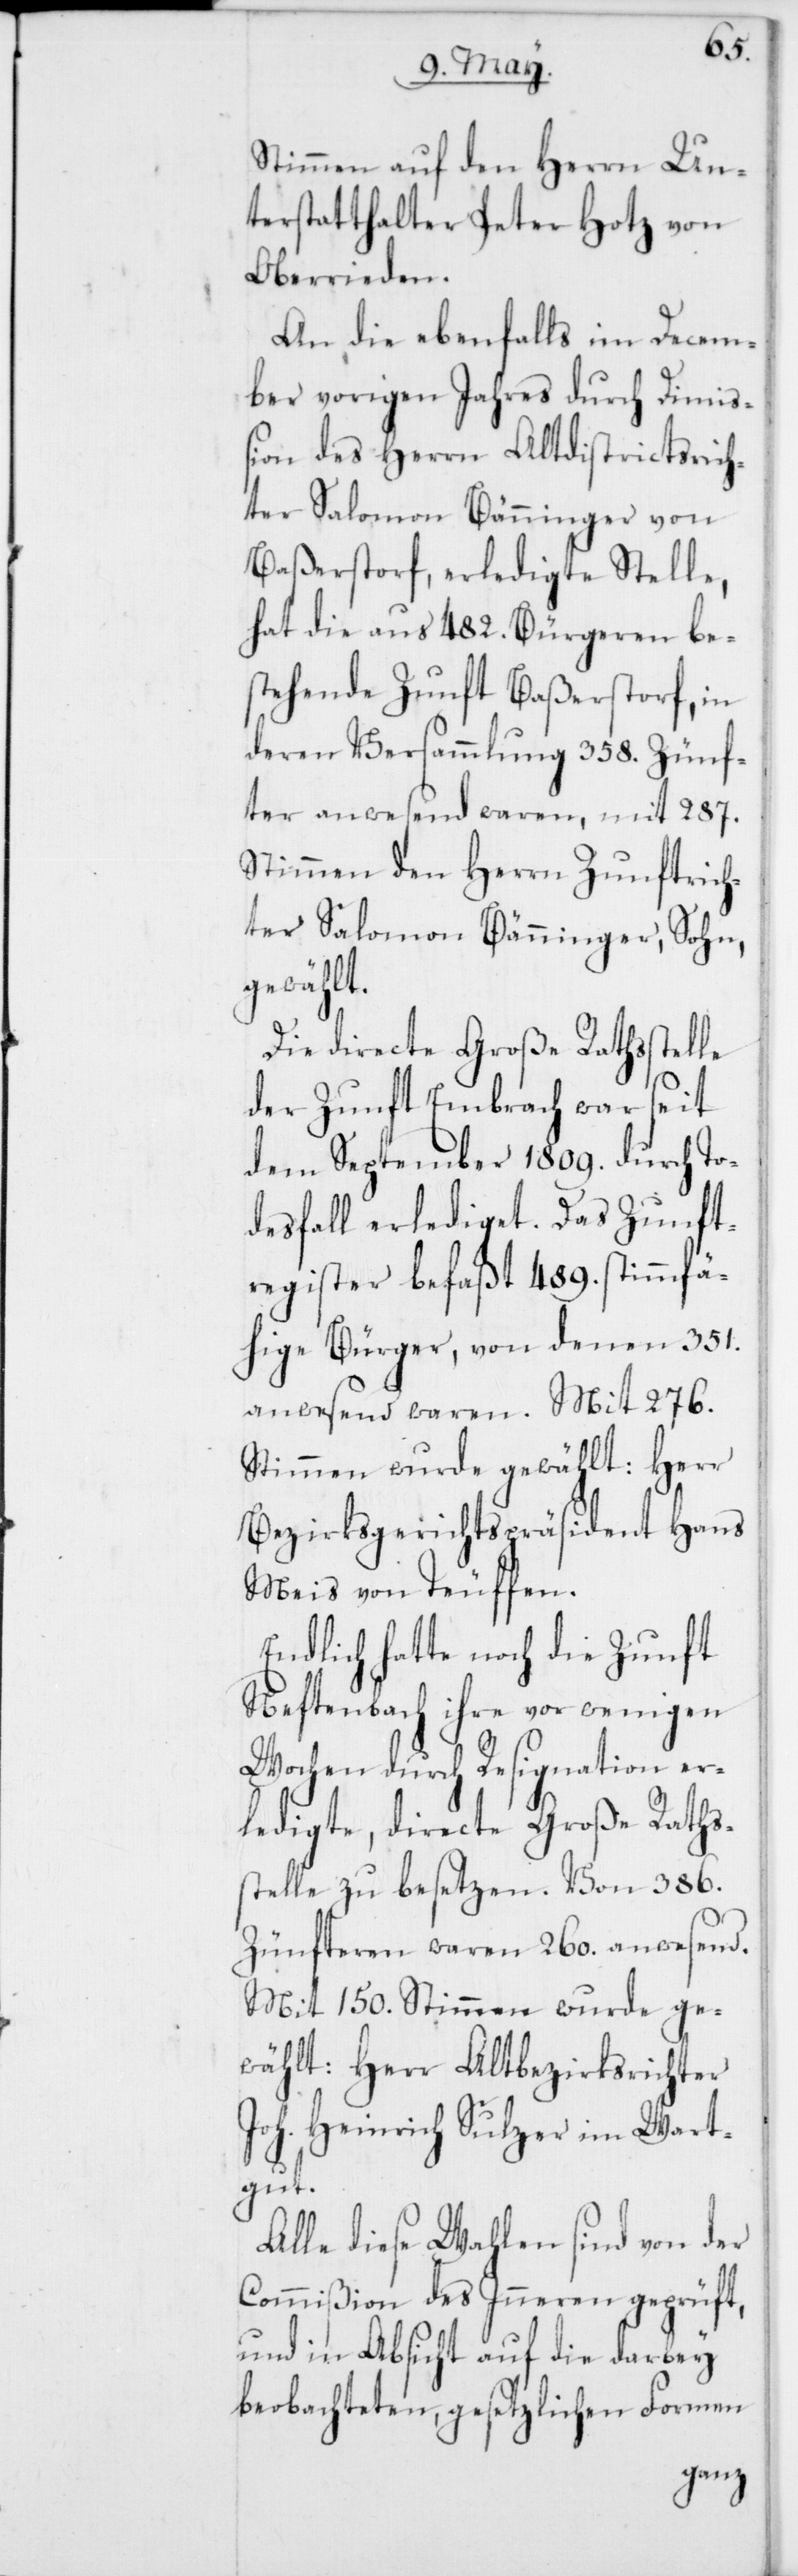
Stimmen auf den Herrn Un¬
terstatthalter Peter Hotz von
Oberrieden.
An die ebenfalls im Decem¬
ber vorigen Jahres durch Dimi¬
ßion des Herrn Altdistrictsrich¬
ter Salomon Bänninger von
Baßerstorf erledigte Stelle,
hat die aus 482. Bürgeren be¬
stehende Zunft Baßerstorf, in
deren Versammlung 358. Zünf¬
ter anwesend waren, mit 287.
Stimmen den Herrn Zunftrich¬
ter Salomon Bänninger, Sohn,
gewählt.
Die directe Große Rathsstelle
der Zunft Embrach war seit
dem September 1809. durch To¬
desfall erlediget. Das Zunft¬
register befaßt 489. stimmfä¬
hige Bürger, von denen 351.
anwesend waren. Mit 276.
Stimmen wurde gewählt: Herr
Bezirksgerichtspräsident Hans
Meis von Teuffen.
Endlich hatte noch die Zunft
Neftenbach ihre vor wenigen
Wochen durch Resignation er¬
ledigte, directe Große Raths¬
stelle zu besetzen. Von 386.
Zünfteren waren 260. anwesend.
Mit 150. Stimmen wurde ge¬
wählt: Herr Altbezirksrichter
Joh. Heinrich Sulzer im Wart¬
gut.
Alle diese Wahlen sind von der
Commißion des Inneren geprüft,
und in Absicht auf die darbey
beobachteten, gesetzlichen Formen